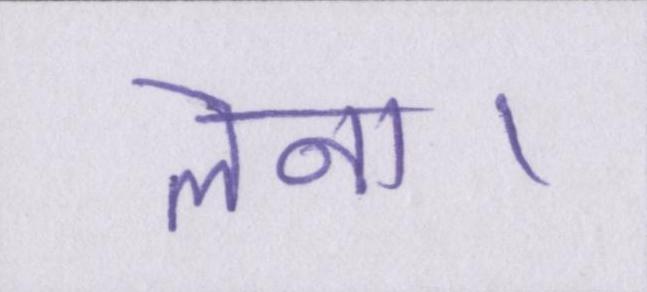
लेना।